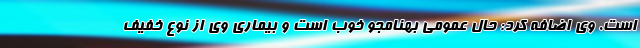
است. وی اضافه کرد: حال عمومی بهنامجو خوب است و بیماری وی از نوع خفیف